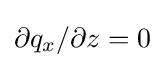
\partial q_{x}/\partial z=0